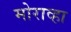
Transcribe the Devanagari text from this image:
मोराव्हा